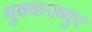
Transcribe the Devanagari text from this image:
मुक्करब्पुर